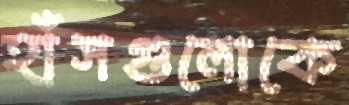
হাঁসগুলোকে